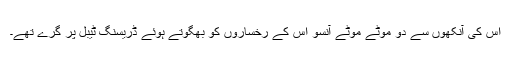
اس کی آنکھوں سے دو موٹے موٹے آنسو اُس کے رخساروں کو بھگوتے ہوئے ڈریسنگ ٹیبل پر گرے تھے۔